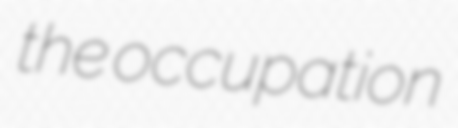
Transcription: the occupation